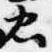
忠